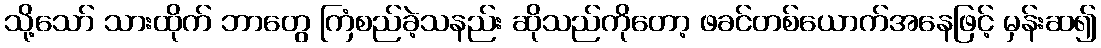
သို့သော် သားထိုက် ဘာတွေ ကြံစည်ခဲ့သနည်း ဆိုသည်ကိုတော့ ဖခင်တစ်ယောက်အနေဖြင့် မှန်းဆ၍